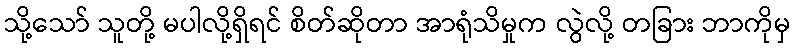
သို့သော် သူတို့ မပါလို့ရှိရင် စိတ်ဆိုတာ အာရုံသိမှုက လွဲလို့ တခြား ဘာကိုမှ